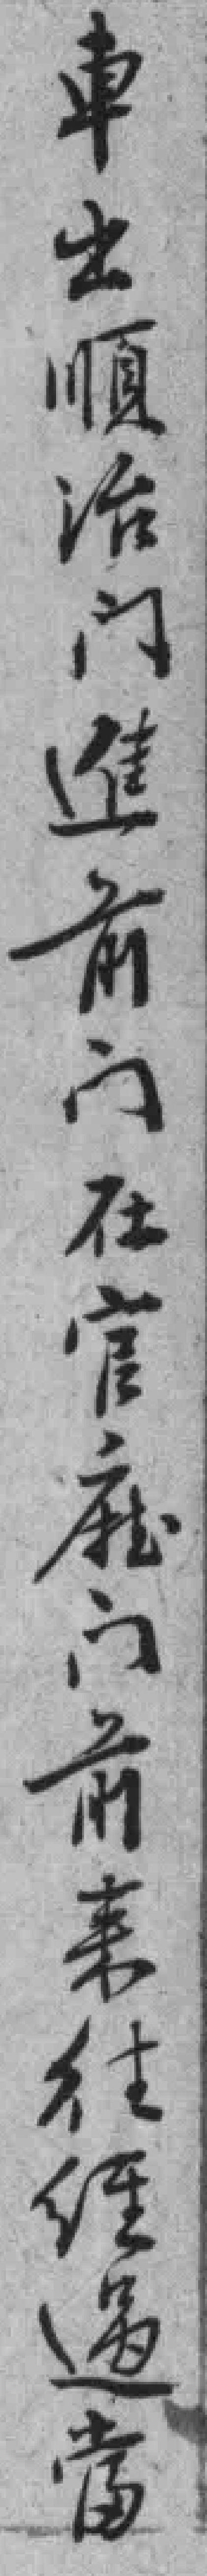
車出順治门進前门在官廳門前来往經過當